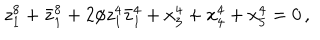
LaTeX: z _ { 1 } ^ { 8 } + \bar { z } _ { 1 } ^ { 8 } + 2 \phi z _ { 1 } ^ { 4 } \bar { z } _ { 1 } ^ { 4 } + x _ { 3 } ^ { 4 } + x _ { 4 } ^ { 4 } + x _ { 5 } ^ { 4 } = 0 \, ,